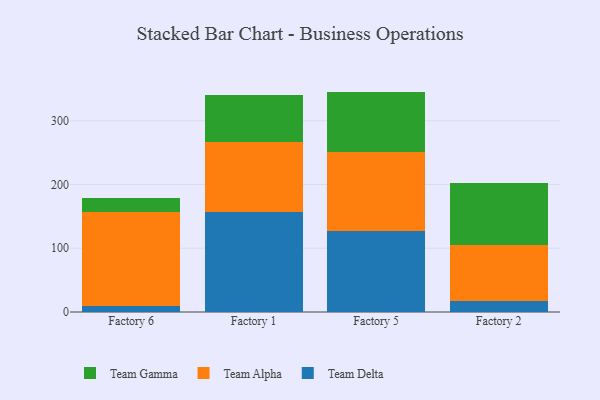
{"axis": {"x": "Factory", "y": "Churn Rate (%)"}, "legend": ["Team Alpha", "Team Delta", "Team Gamma"], "data": [{"x": "Factory 6", "y": 10.1, "type": "Team Delta"}, {"x": "Factory 6", "y": 146.4, "type": "Team Alpha"}, {"x": "Factory 6", "y": 22.6, "type": "Team Gamma"}, {"x": "Factory 1", "y": 157.3, "type": "Team Delta"}, {"x": "Factory 1", "y": 109.9, "type": "Team Alpha"}, {"x": "Factory 1", "y": 72.7, "type": "Team Gamma"}, {"x": "Factory 5", "y": 127.8, "type": "Team Delta"}, {"x": "Factory 5", "y": 123.9, "type": "Team Alpha"}, {"x": "Factory 5", "y": 94.1, "type": "Team Gamma"}, {"x": "Factory 2", "y": 17.5, "type": "Team Delta"}, {"x": "Factory 2", "y": 88.3, "type": "Team Alpha"}, {"x": "Factory 2", "y": 96.7, "type": "Team Gamma"}]}